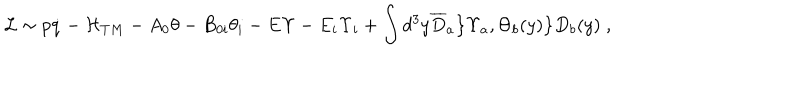
{ \cal L } \sim p \dot { q } - { \cal H } _ { T M } - A _ { 0 } \theta - B _ { 0 i } \theta _ { i } - E \Upsilon - E _ { i } \Upsilon _ { i } + \int d ^ { 3 } y { \overline { { D } } } _ { a } \bigl \{ \Upsilon _ { a } , \Theta _ { b } ( y ) \bigl \} D _ { b } ( y ) \; ,